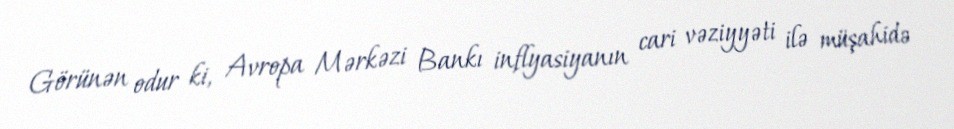
Görünən odur ki, Avropa Mərkəzi Bankı inflyasiyanın cari vəziyyəti ilə müşahidə